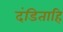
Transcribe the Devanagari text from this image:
दंडिताहि